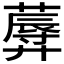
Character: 𱾤